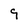
Character: 9